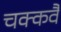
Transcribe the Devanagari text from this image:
चक्‍कवै